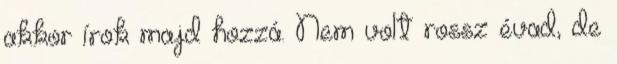
akkor írok majd hozzá. Nem volt rossz évad, de